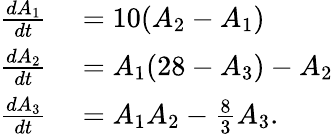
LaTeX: \begin{array}{rl}{\frac{dA_{1}}{dt}}&{{}=10(A_{2}-A_{1})}\\ {\frac{dA_{2}}{dt}}&{{}=A_{1}(28-A_{3})-A_{2}}\\ {\frac{dA_{3}}{dt}}&{{}=A_{1}A_{2}-\frac{8}{3}A_{3}.}\end{array}